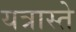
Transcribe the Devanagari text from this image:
यत्रास्ते